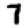
Digit: 7